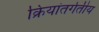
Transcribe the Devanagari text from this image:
क्रियांतर्गतीय